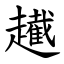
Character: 䟌